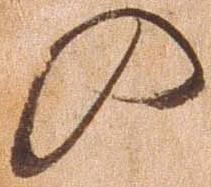
の